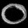
Digit: ၀